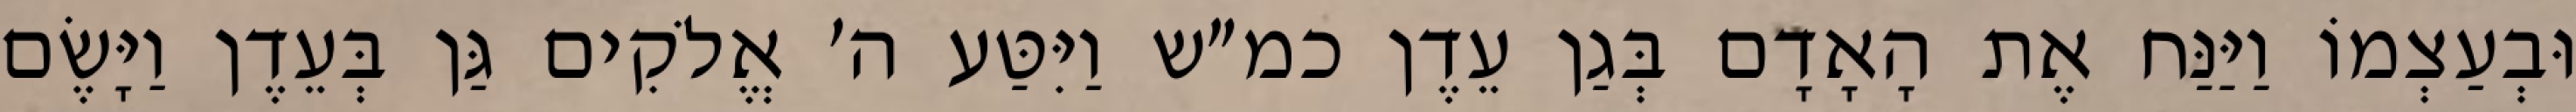
וּבְעַצְמוֹ וַיַּנַּח אֶת הָאָדָם בְּגַן עֵדֶן כמ״ש וַיִּטַּע ה׳ אֱלֹקִים גַּן בְּעֵדֶן וַיָּשֶׂם